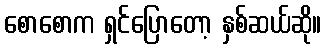
စောစောက ရှင်ပြောတော့ နှစ်ဆယ်ဆို။